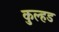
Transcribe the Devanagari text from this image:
कुल्हड